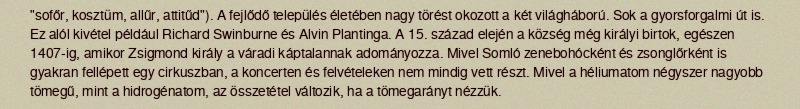
"sofőr, kosztüm, allűr, attitűd"). A fejlődő település életében nagy törést okozott a két világháború. Sok a gyorsforgalmi út is. Ez alól kivétel például Richard Swinburne és Alvin Plantinga. A 15. század elején a község még királyi birtok, egészen 1407-ig, amikor Zsigmond király a váradi káptalannak adományozza. Mivel Somló zenebohócként és zsonglőrként is gyakran fellépett egy cirkuszban, a koncerten és felvételeken nem mindig vett részt. Mivel a héliumatom négyszer nagyobb tömegű, mint a hidrogénatom, az összetétel változik, ha a tömegarányt nézzük.